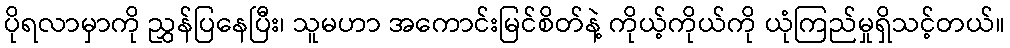
ပိုရလာမှာကို ညွှန်ပြနေပြီး၊ သူမဟာ အကောင်းမြင်စိတ်နဲ့ ကိုယ့်ကိုယ်ကို ယုံကြည်မှုရှိသင့်တယ်။